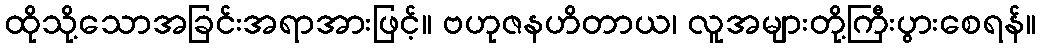
ထိုသို့သောအခြင်းအရာအားဖြင့်။ ဗဟုဇနဟိတာယ၊ လူအများတို့ကြီးပွားစေရန်။